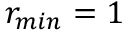
r _ { m i n } = 1